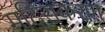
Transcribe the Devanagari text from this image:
मदिराकरण